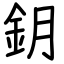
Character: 鈅